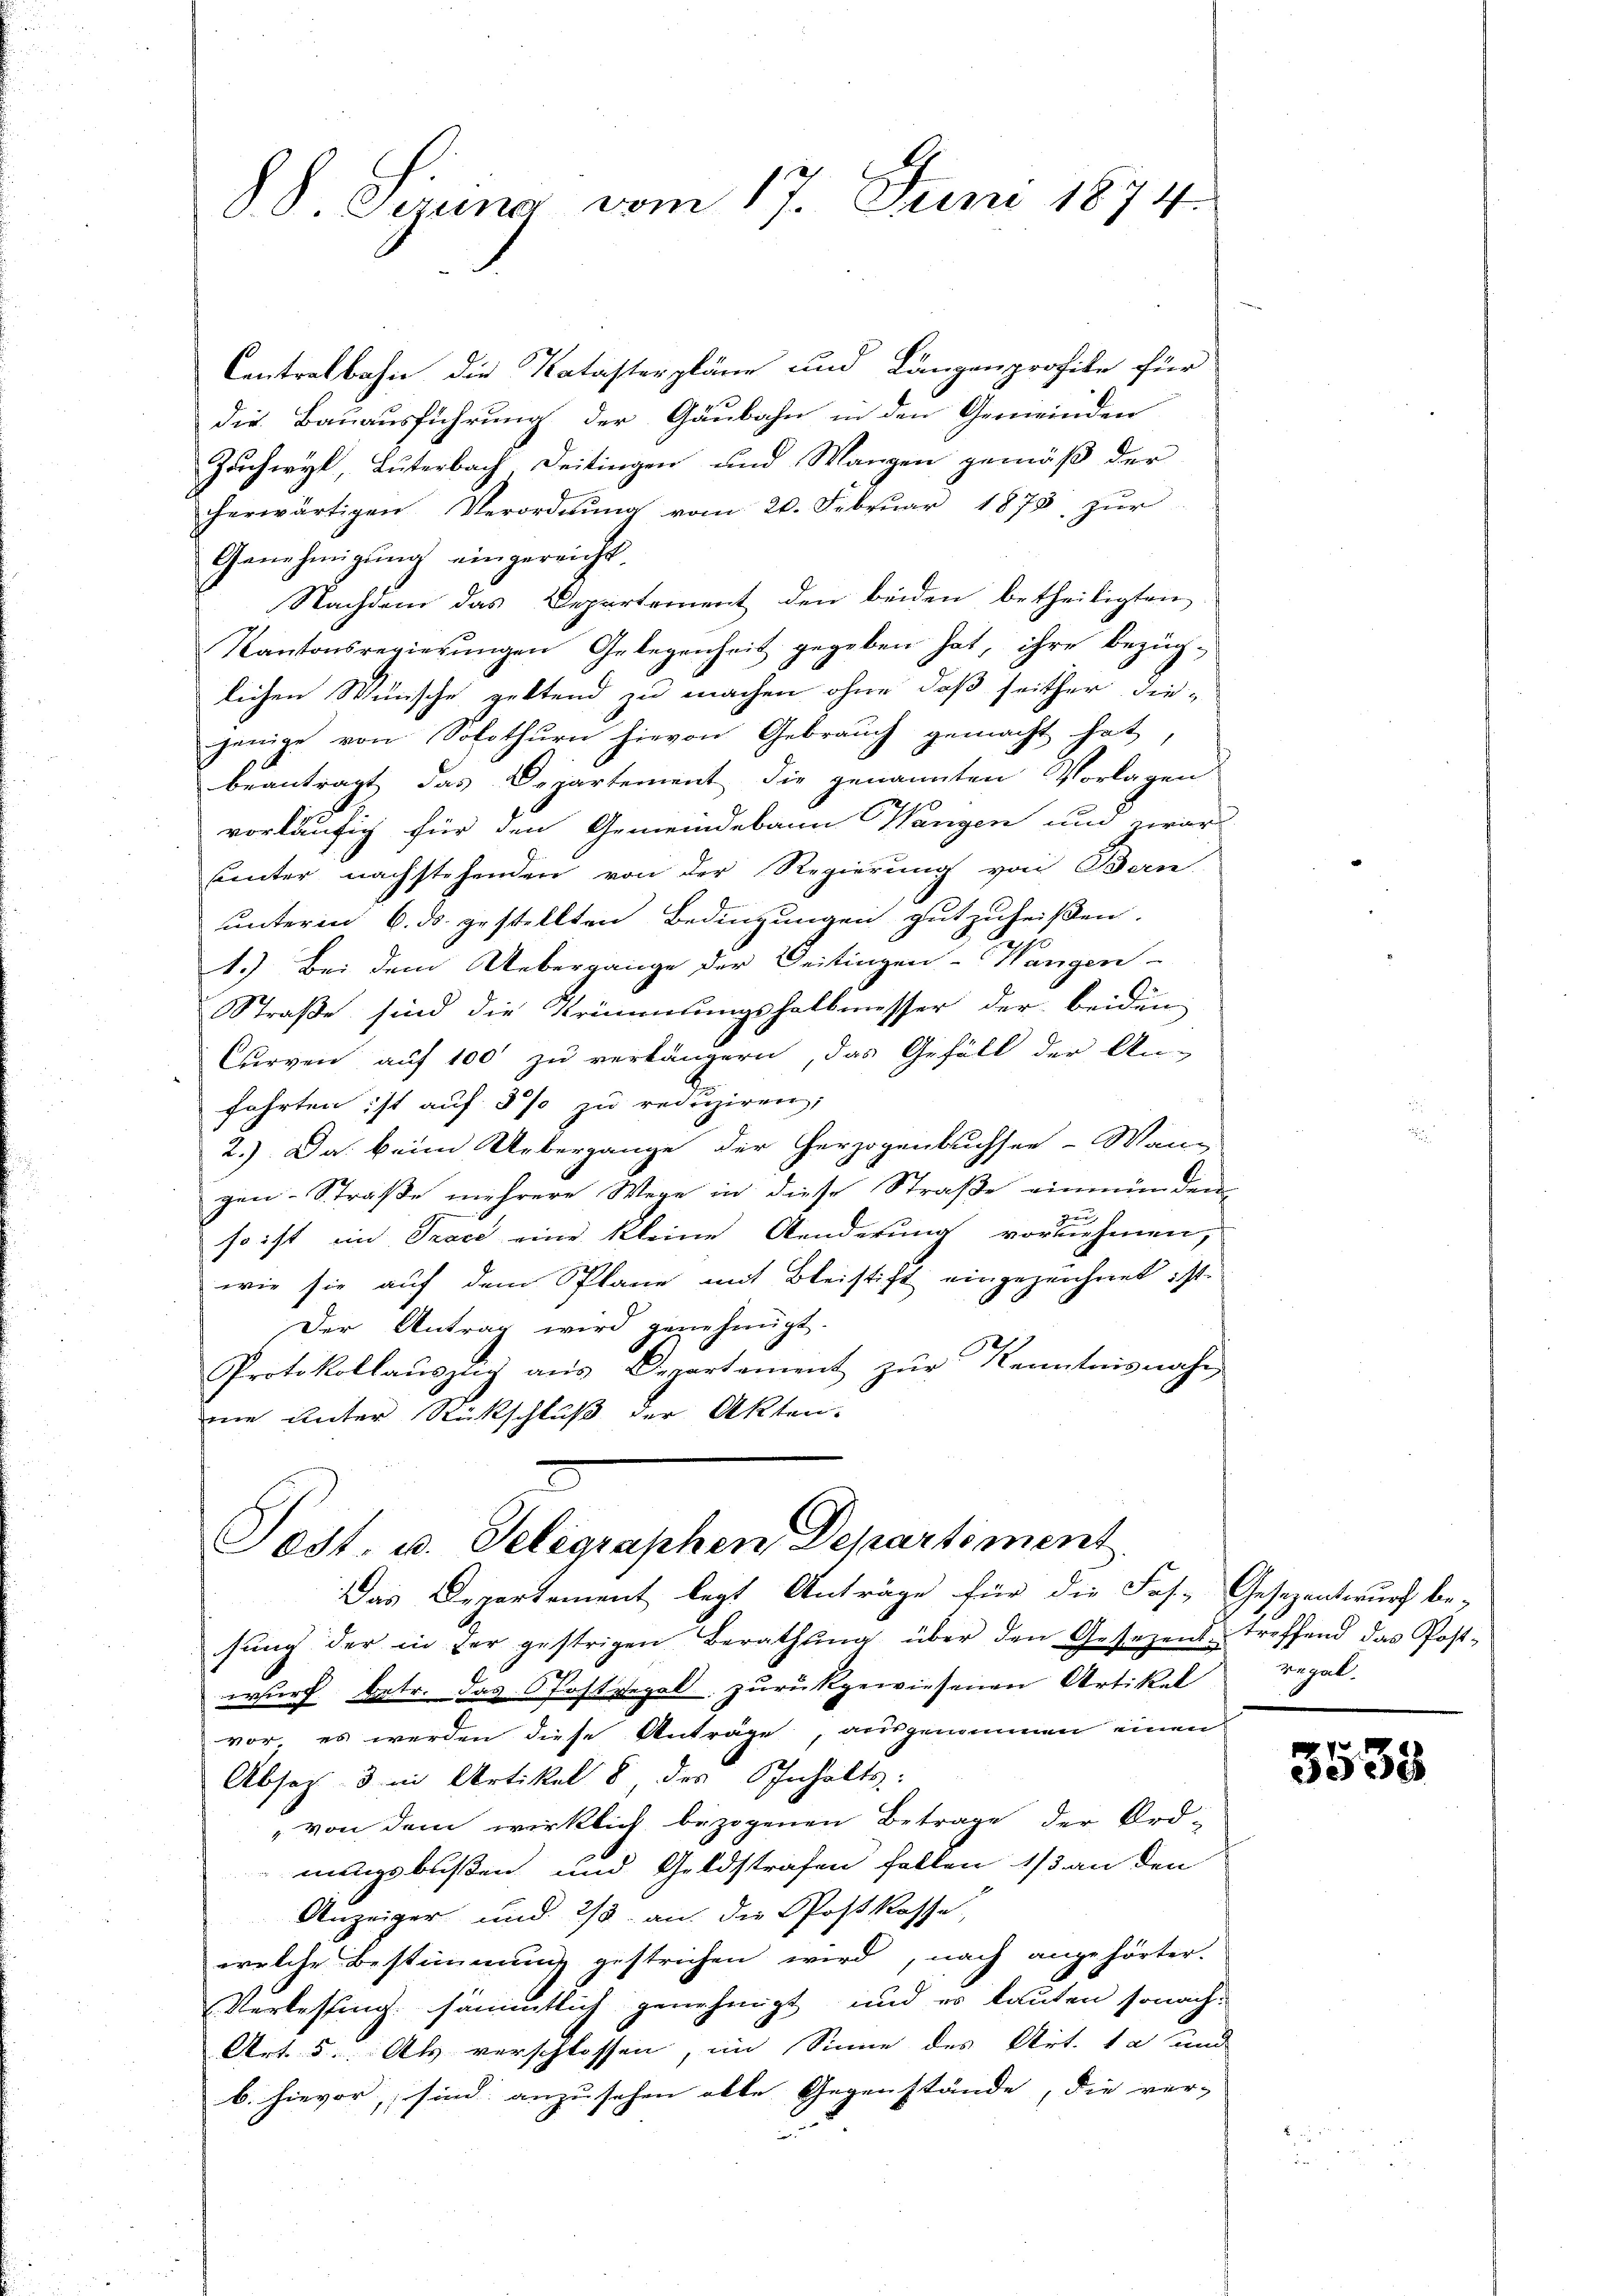
§. 8. Sirung vom 17. Juni 1874.

Contralbahn die Katastenpläne und Längenprofile für
die Bauausführung der Gäubahn in den Gemeinden
Zächwyl, Luterbach Deitingen und Wangen gemäß der
herwärtigen Verordnung vom 20. Februar 1873 zur
Genehmigŭng eingereicht.
Nachdem das Departement den beiden betheiligten
Kantonsregierŭngen Gelegenheit gegeben hat, ihre bezüg-
lichen Wünsche geltend zu machen ohne daß seither die-
jenige von Solothurn hievon Gebrauch gemacht hat,
beantragt das Departement die genannten Vorlagen
vorläufig für den Gemeindebann Wangen und zwar
uunter nachstehenden von der Regierung von Bern
unterm 6. ds. gestellten Bedingungen gutzuheißen.
1.) Bei dem Uebergange der Deitingen-Wangen
Straße sind die Krümmungshalbmesser der beiden
Curven auf 100 zu verlängern, das Gefäll der An-
fahrten ist auf 5 % zu reduziren;
2.) Da beim Uebergange der Herzogenbuchsen-Wan-
gen-Straße mehrere Wege in diese Straße einmünden
u
so ist im Trace eine kleine Aenderung vornehmen,
wie sie auf dem Plane mit Bleistift eingezeichnet ist.
Der Antrag wird genehmigt.
Protokollaŭszig aŭs Departement zŭr Kenntnis nahe
mie unter Rückschluß der Akten.
Post. u. Telegraphen Departement
Das Departement legt Anträge für die Fos- Gesezentwurf be-
sŭng der in der gestrigen Berathŭng über den Gesezens treffend das Post-
wurf betr. das Postvegal, zurückgewiesenen Artikel regel-
vor, es werden diese Anträge, ausgenommen einen
Absaz 3 in Artikel 8 des Inhalts:
„von dem wirklich bezogenen Betrage der Ord-
nungsbußen und Geldstrafen fallen 1/3 an den
Anzeiger und 2/3 an die Postkasse
welche Bestimmung gestrichen wird, nach angehörter-
Verlesung sämmtlich genehmigt, und es lauten sonach-
Art. 5. Als verschlossen, im Sinne des Art. 1 und
b. hievor, sind anzusehen alle Gegenstände, die ver-

3535